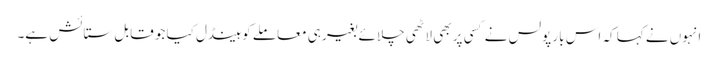
انہوں نے کہا کہ اس بار پولس نے کسی پر بھی لاٹھی چلائے بغیر ہی معاملے کو ہینڈل کیا جو قابل ستائش ہے۔